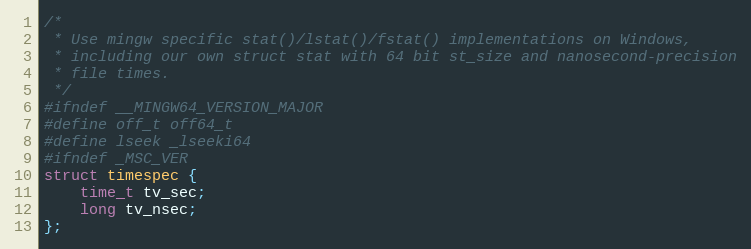
Language: C
/*
 * Use mingw specific stat()/lstat()/fstat() implementations on Windows,
 * including our own struct stat with 64 bit st_size and nanosecond-precision
 * file times.
 */
#ifndef __MINGW64_VERSION_MAJOR
#define off_t off64_t
#define lseek _lseeki64
#ifndef _MSC_VER
struct timespec {
	time_t tv_sec;
	long tv_nsec;
};